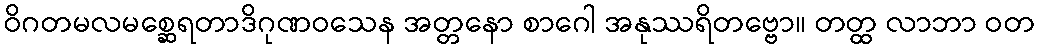
ဝိဂတမလမစ္ဆေရတာဒိဂုဏဝသေန အတ္တနော စာဂေါ အနုဿရိတဗ္ဗော။ တတ္ထ လာဘာ ဝတ